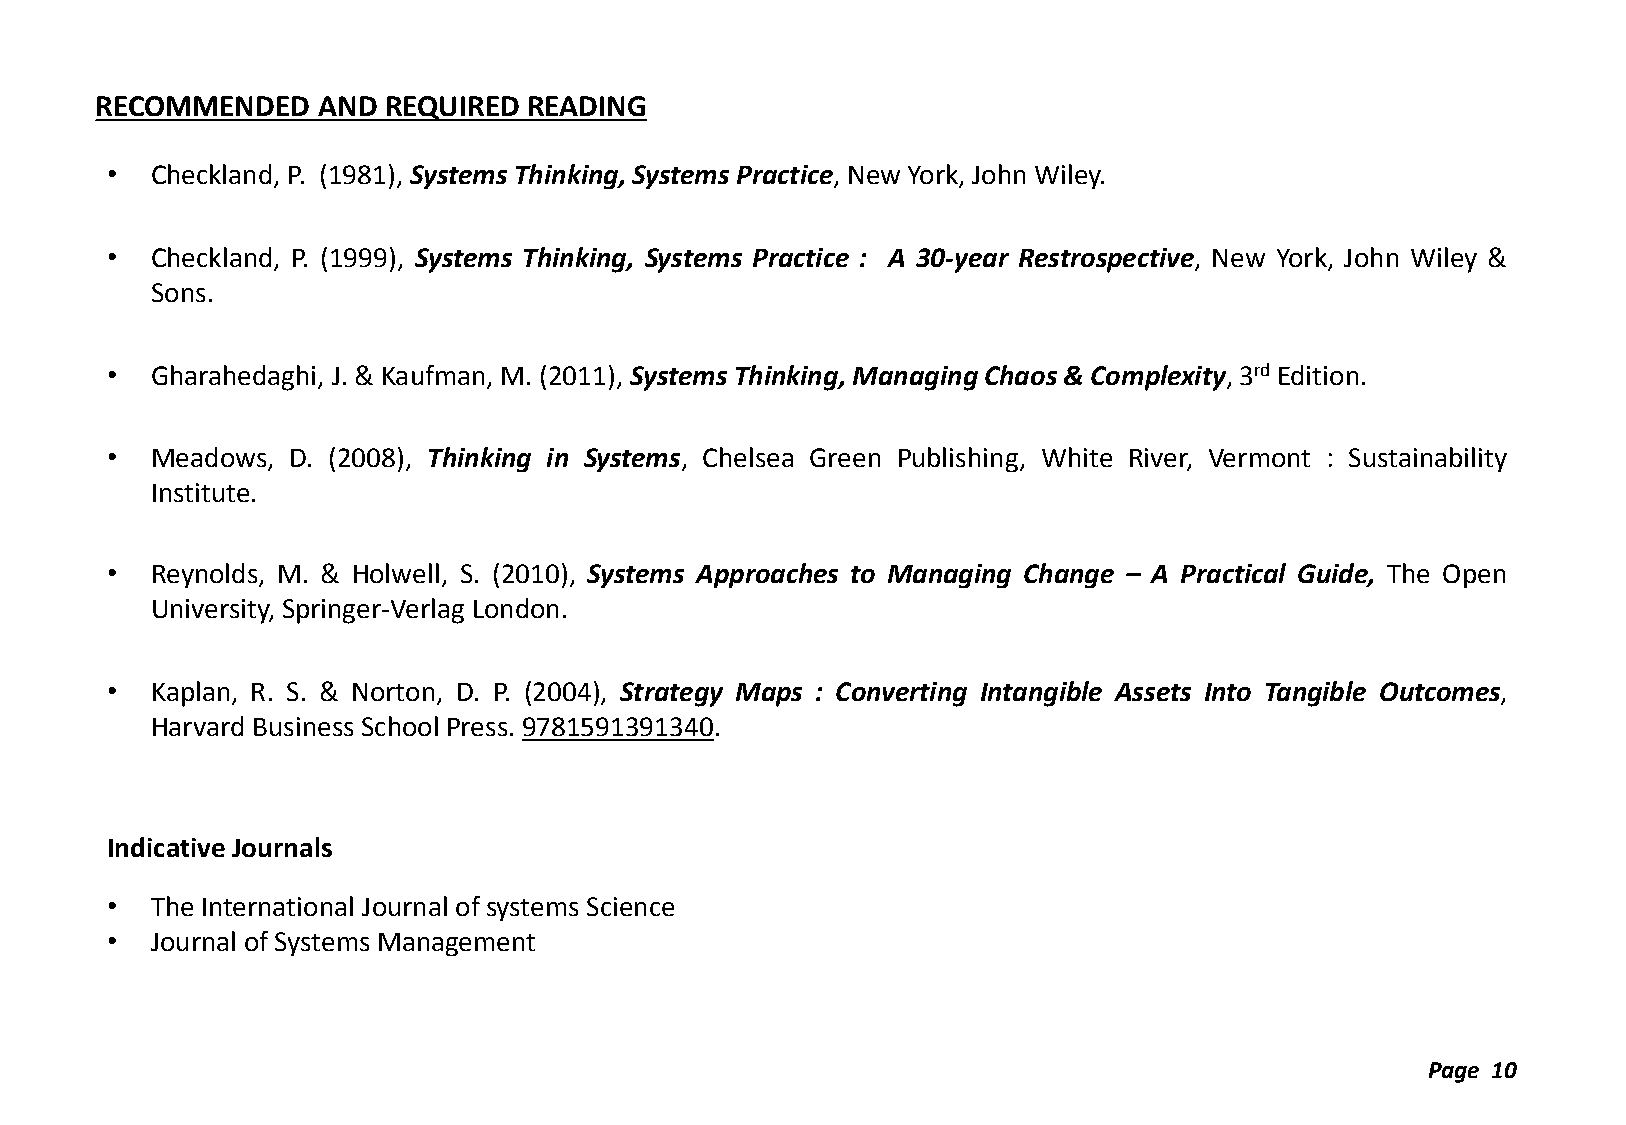
RECOMMENDED    AND REQUIRED  READING
 •  Checkland, P. (1981), Systems Thinking, Systems Practice, New York, John Wiley.
 •  Checkland, P. (1999), Systems Thinking, Systems Practice : A 30-year Restrospective, New York, John Wiley &
 Sons.
 •  Gharahedaghi, J. & Kaufman, M. (2011), Systems Thinking, Managing Chaos & Complexity, 3rd Edition.
 •  Meadows, D. (2008), Thinking in Systems, Chelsea Green Publishing, White River, Vermont : Sustainability
 Institute.
 •  Reynolds, M. & Holwell, S. (2010), Systems Approaches to Managing Change – A Practical Guide, The Open
 University, Springer-Verlag London.
 •  Kaplan, R. S. & Norton, D. P. (2004), Strategy Maps : Converting Intangible Assets Into Tangible Outcomes,
 Harvard Business School Press. 9781591391340.
 Indicative Journals
 •  The International Journal of systems Science
 •  Journal of Systems Management
 Page 10